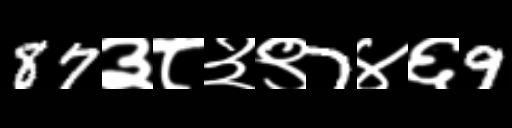
Text: 87३८३९7४६9